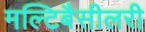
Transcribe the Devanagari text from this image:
मल्टिबैसीलरी